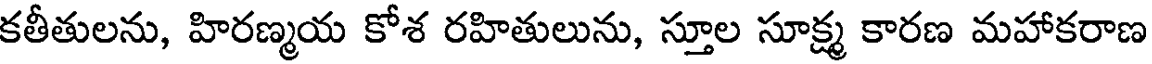
కతీతులను, హిరణ్మయ కోశ రహితులును, స్తూల సూక్ష్మ కారణ మహాకరాణ